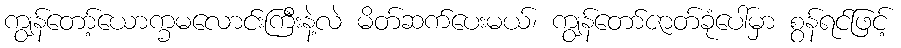
ကျွန်တော့်ယောက္ခမလောင်းကြီးနဲ့လဲ မိတ်ဆက်ပေးမယ်၊ ကျွန်တော်ဇာတ်ခုံပေါ်မှာ စွန်ရင်ဖြင့်